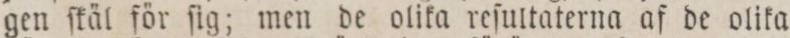
gen ſkäl för ſig; men de olika reſultaterna af de olika